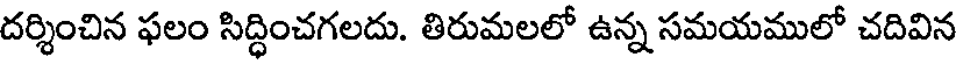
దర్శించిన ఫలం సిద్ధించగలదు. తిరుమలలో ఉన్న సమయములో చదివిన